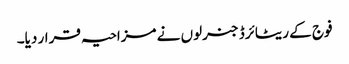
فوج کے ریٹائرڈ جنرلوں نے مزاحیہ قرار دیا۔